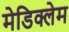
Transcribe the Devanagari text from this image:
मेडिक्लेम